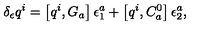
\delta _ { \epsilon } q ^ { i } = \left[ q ^ { i } , G _ { a } \right] \epsilon _ { 1 } ^ { a } + \left[ q ^ { i } , C _ { a } ^ { 0 } \right] \epsilon _ { 2 } ^ { a } ,